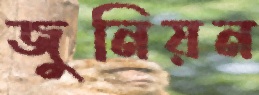
জুনিয়ন